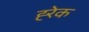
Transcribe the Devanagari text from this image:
ह्‍रेक